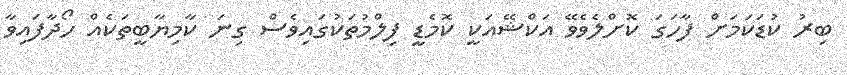
ބިރު ކުޑަކަމަށް ފާހަގަ ކޮށްލެވެވޭ އަކްޝޭއަކީ ކޮމެޑީ ފިލްމުތަކުގައިވެސް ގިނަ ކާމިޔާބީތަކެއް ހޯދާފައިވާ